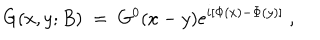
LaTeX: G ( x , y ; B ) \; = \; G ^ { 0 } ( x - y ) e ^ { i [ \Phi ( x ) - \Phi ( y ) ] } \; ,